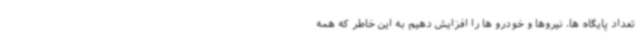
تعداد پایگاه ها، نیروها و خودرو ها را افزایش دهیم به این خاطر که همه